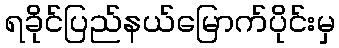
ရခိုင်ပြည်နယ်မြောက်ပိုင်းမှ